Indian journal of veterinary science and animal husbandry - Volumes 15-17, 1948-1951
Year: 1948
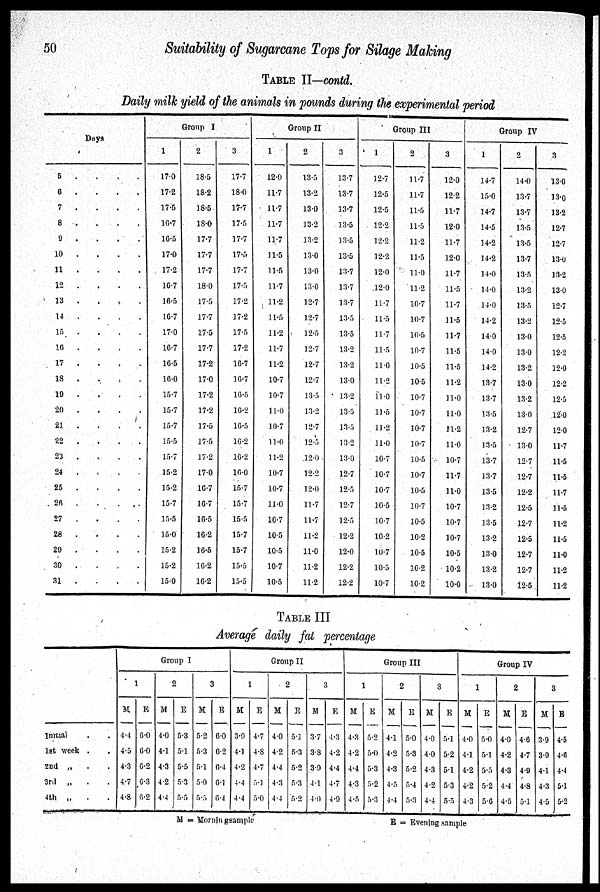
50
Suitability of Sugarcane Tops for Silage Making
TABLE II—contd.
Daily milk yield of the animals in pounds during the experimental period
Days
5 . . . .
6 . . . .
7 . . . .
8 . . . .
9 . . . .
10 . . . .
11 . . . .
12 . . . .
13 . . . .
14 . . . .
15 . . . .
16 . . . .
17 . . . .
18 . . . .
19 . . . .
20 . . . .
21 . . . .
22 . . . .
23 . . . .
24 . . . .
25 . . . .
26 . . . .
27 . . . .
28 . . . .
29 . . . .
30 . . . .
31 . . . .
Group I
1
17.0
17.2
17.5
16.7
16.5
17.0
17.2
16.7
16.5
16.7
17.0
16.7
16.5
16.0
15.7
15.7
15.7
15.5
15.7
15.2
15.2
15.7
15.5
15.0
15.2
15.2
15.0
2
18.5
18.2
18.5
18.0
17.7
17.7
17.7
18.0
17.5
17.7
17.5
17.7
17.2
17.0
17.2
17.2
17.5
17.5
17.2
17.0
16.7
16.7
16.5
16.2
16.5
16.2
16.2
3
17.7
18.0
17.7
17.5
17.7
17.5
17.7
17.5
17.2
17.2
17.5
17.2
16.7
16.7
16.5
16.2
16.5
16.2
16.2
16.0
15.7
15.7
15.5
15.7
15.7
15.5
15.5
Group II
1
12.0
11.7
11.7
11.7
11.7
11.5
11.5
11.7
11.2
11.5
11.2
11.7
11.2
10.7
10.7
11.0
10.7
11.0
11.2
10.7
10.7
11.0
10.7
10.5
10.5
10.7
10.5
2
13.5
13.2
13.0
13.2
13.2
13.0
13.0
13.0
12.7
12.7
12.5
12.7
12.7
12.7
13.5
13.2
12.7
12.5
12.0
12.2
12.0
11.7
11.7
11.2
11.0
11.2
11.2
3
13.7
13.7
13.7
13.5
13.5
13.5
13.7
13.7
13.7
13.5
13.5
13.2
13.2
13.0
13.2
13.5
13.5
13.2
13.0
12.7
12.5
12.7
12.5
12.2
12.0
12.2
12.2
Group III
1
12.7
12.5
12.5
12.2
12.2
12.2
12.0
12.0
11.7
11.5
11.7
11.5
11.0
11.2
11.0
11.5
11.2
11.0
10.7
10.7
10.7
1.0.5
10.7
1.0.2
10.7
10.5
10.7
2
11.7
11.7
11.5
11.5
11.2
11.5
11.0
11.2
10.7
10.7
10.5
10.7
10.5
10.5
10.7
10.7
10.7
10.7
10.5
10.7
10.5
10.7
10.5
10.2
10.5
10.2
10.2
3
12.0
12.2
11.7
12.0
11.7
12.0
11.7
11.5
11.7
11.5
11.7
11.5
1.1.5
11.2
11.0
11.0
11.2
11.0
10.7
11.7
11.0
10.7
10.7
10.7
10.5
10.2
10.0
Group IV
1
14.7
15.0
14.7
14.5
14.2
14.2
14.0
14.0
14.0
14.2
14.0
14.0
14.2
13.7
13.7
13.5
13.2
13.5
13.7
13.7
13.5
13.2
13.5
13.2
13.0
13.2
13.0
2
14.0
13.7
13.7
13.5
13.5
13.7
13.5
13.2
13.5
13.2
13.0
13.0
13.2
13.0
13.2
13.0
12.7
13.0
12.7
12.7
12.2
12.5
12.7
12.5
12.7
12.7
12.5
3
13.0
13.0
13.2
12.7
12.7
13.0
13.2
13.0
12.7
12.5
12.5
12.2
12.0
12.2
12.5
12.0
12.0
11.7
11.5
11.5
11.7
11.5
11.2
11.5
11.0
11.2
11.2
TABLE III
Average daily fat percentage
Inrtial . .
1st week . .
2nd „ . .
3rd „ . .
4th „ . .
1
M
4.4
4.5
4.3
4.7
4.8
E
6.0
6.0
6.2
6.3
6.2
Group I
2
M
4.0
4.1
4.3
4.2
4.4
E
5.3
5.1
5.5
5.3
5.5
3
M
5.2
5.3
5.1
5.0
5.5
E
6.0
6.2
0.4
0.1
6.4
1
M
3.9
4.1
4.2
4.4
4.4
E
4.7
4.S
4.7
5.1
5.0
Group II
2
M
4.0
4.2
4.4
4.3
4.4
E
5.1
5.3
5.2
5.3
5.2
3
M
3.7
3.8
3.9
4.1
4.0
E
4.3
4.2
4.4
4.7
4.9
1
M
4.3
4.2
4.4
4.3
4.5
E
5.2
5.0
5.3
5.2
5.3
Group III
2
M
4.1
4.2
4.3
4.5
4.4
E
5.0
5.3
5.2
5.4
5.3
3
M
4.0
4.0
4.3
4.2
4.4
E
5.1
5.2
5.1
5.3
5.5
1
M
4.0
4.1
4.2
4.2
4.3
E
5.0
5.1
5.5
5.2
5.6
Group IV
2
M
4.0
4.2
4.3
4.4
4.5
E
4.6
4.7
4.9
4.8
5.1
3
M
3.9
3.9
4.1
4.3
4.5
E
4.5
4.6
4.4
5.1
5.2
M = Morning sample
E = Evening sample